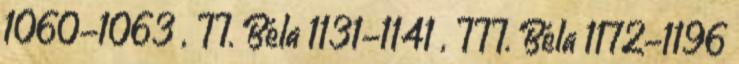
1060-1063 , II. Béla 1131-1141 , III. Béla 1172-1196